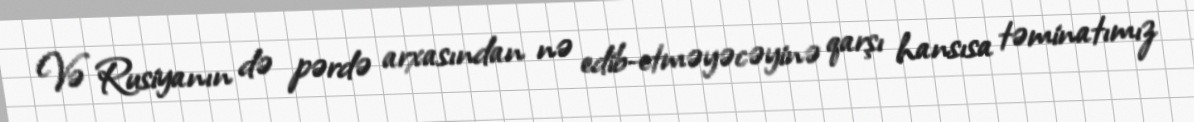
Və Rusiyanın də pərdə arxasından nə edib-etməyəcəyinə qarşı hansısa təminatımız